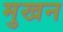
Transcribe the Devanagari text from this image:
मुखन